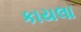
કાયલા